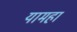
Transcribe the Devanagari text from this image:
यामहा